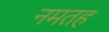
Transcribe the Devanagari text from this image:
नमतह